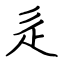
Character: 辵